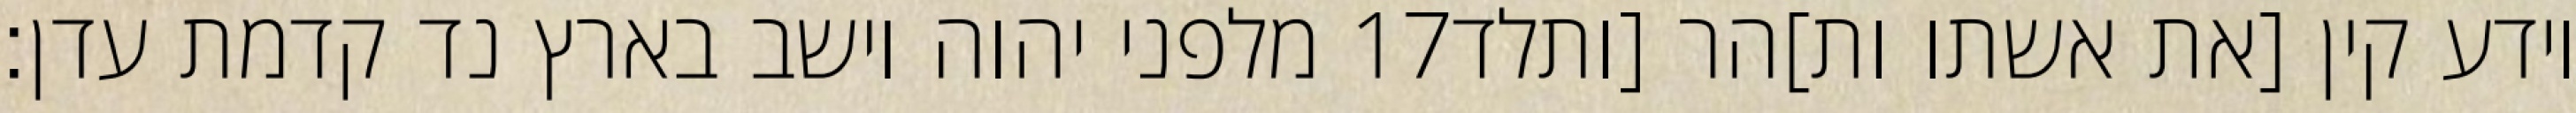
מלפני יהוה וישב בארץ נד קדמת עדן׃ ‎17‏ וידע קין [את אשתו ות]הר [ותלד